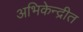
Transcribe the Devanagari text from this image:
अभिकेन्द्रीत